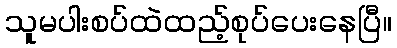
သူမပါးစပ်ထဲထည့်စုပ်ပေးနေပြီ။